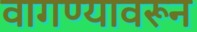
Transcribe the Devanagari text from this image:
वागण्यावरून